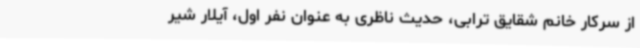
از سرکار خانم شقایق ترابی، حدیث ناظری به عنوان نفر اول، آیلار شیر